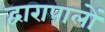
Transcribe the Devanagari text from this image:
द्वारापालों